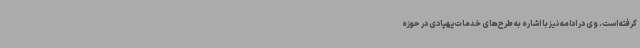
گرفته است. وی در ادامه نیز با اشاره به طرح‌های خدمات پهپادی در حوزه